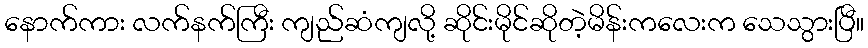
နောက်ကား လက်နက်ကြီး ကျည်ဆံကျလို့ ဆိုင်းမိုင်ဆိုတဲ့မိန်းကလေးက သေသွားပြီ။